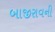
બાજીરાવની